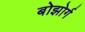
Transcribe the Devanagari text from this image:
बोझोर्ग